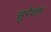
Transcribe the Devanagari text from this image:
सुरेशम्‌